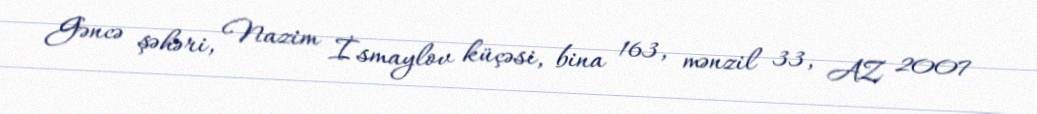
Gəncə şəhəri, Nazim İsmaylov küçəsi, bina 163, mənzil 33, AZ 2007